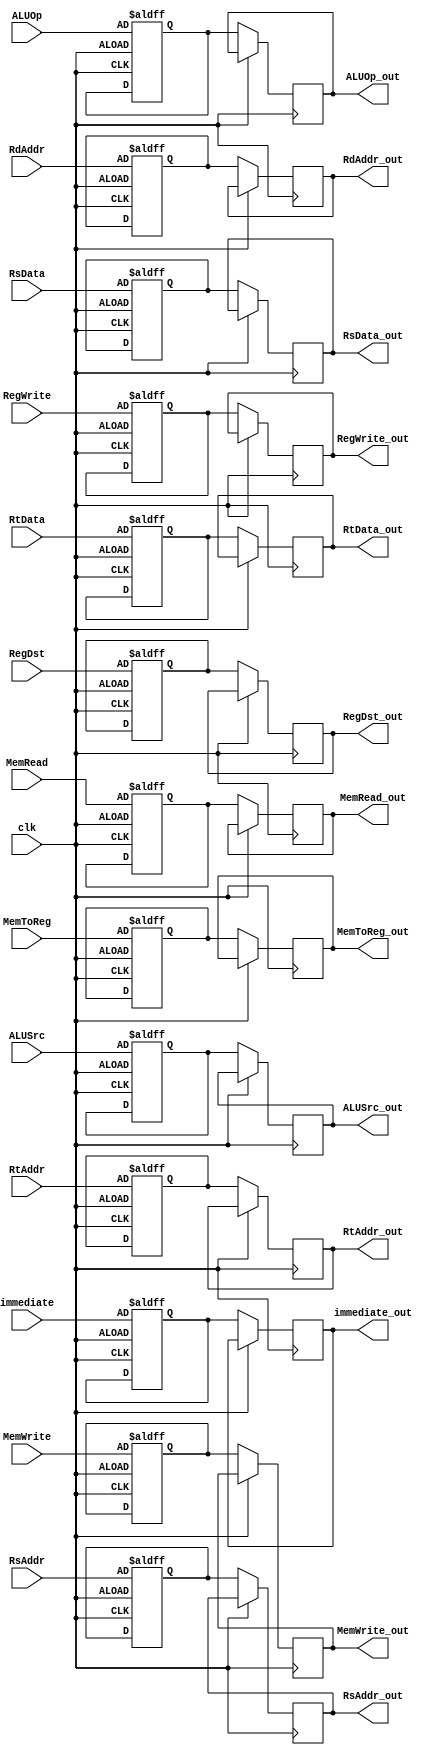
module ID_EX (
    output reg [1:0] ALUOp_out,
    output reg RegDst_out,
    output reg RegWrite_out,
    output reg ALUSrc_out,
    output reg MemWrite_out,
    output reg MemRead_out,
    output reg MemToReg_out,
    input [1:0] ALUOp,
    input RegDst,
    input RegWrite,
    input ALUSrc,
    input MemWrite,
    input MemRead,
    input MemToReg,

    output reg [31:0] RsData_out,
    output reg [31:0] RtData_out,
    output reg [31:0] immediate_out,
    output reg [4:0] RtAddr_out,
    output reg [4:0] RdAddr_out,
    output reg [4:0] RsAddr_out,
    input [31:0] RsData,
    input [31:0] RtData,
    input [31:0] immediate,
    input [4:0] RtAddr,
    input [4:0] RdAddr,
    input [4:0] RsAddr,

    input clk
);
    reg [1:0] ALUOp_reg;
    reg RegDst_reg;
    reg RegWrite_reg;
    reg ALUSrc_reg;
    reg MemWrite_reg;
    reg MemRead_reg;
    reg MemToReg_reg;
    reg [31:0] RsData_reg;
    reg [31:0] RtData_reg;
    reg [31:0] immediate_reg;
    reg [4:0] RtAddr_reg;
    reg [4:0] RdAddr_reg;
    reg [4:0] RsAddr_reg;

    always @(posedge clk or negedge clk) begin
        if (clk == 1) begin
            ALUOp_reg = ALUOp;
            RegDst_reg = RegDst;
            RegWrite_reg = RegWrite;
            ALUSrc_reg = ALUSrc;
            MemWrite_reg = MemWrite;
            MemRead_reg = MemRead;
            MemToReg_reg = MemToReg;
            RsData_reg = RsData;
            RtData_reg = RtData;
            immediate_reg = immediate;
            RtAddr_reg = RtAddr;
            RdAddr_reg = RdAddr;
            RsAddr_reg = RsAddr;
        end
        else begin
            ALUOp_out = ALUOp_reg;
            RegDst_out = RegDst_reg;
            RegWrite_out = RegWrite_reg;
            ALUSrc_out = ALUSrc_reg;
            MemWrite_out = MemWrite_reg;
            MemRead_out = MemRead_reg;
            MemToReg_out = MemToReg_reg;
            RsData_out = RsData_reg;
            RtData_out = RtData_reg;
            immediate_out = immediate_reg;
            RtAddr_out = RtAddr_reg;
            RdAddr_out = RdAddr_reg;
            RsAddr_out = RsAddr_reg;
        end
    end
endmodule